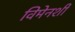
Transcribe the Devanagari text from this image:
विमेनशी